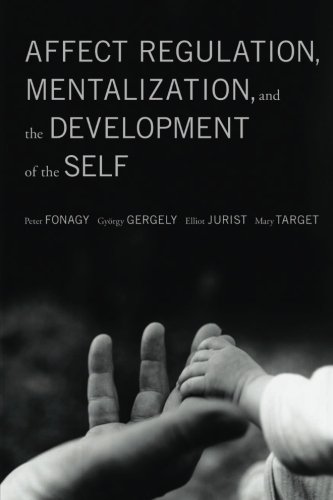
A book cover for Affect Regulation, Mentalization, and the Development of Self; Peter Fonagy; Medical Books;